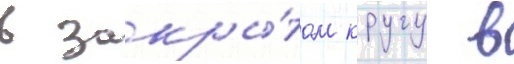
в закры́том кругу в